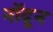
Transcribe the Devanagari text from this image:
नोंदून